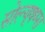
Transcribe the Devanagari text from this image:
सोल्यूषण्स